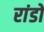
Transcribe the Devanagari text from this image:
रांडों